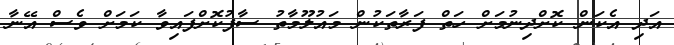
އަދި އެކަން ކޮށްދިނުމަށް ހަތް ފަރާތަކުން މައުލޫމާތު ސާފުކޮށްފައިވާ ކަމަށް ވެސް އޭނާ